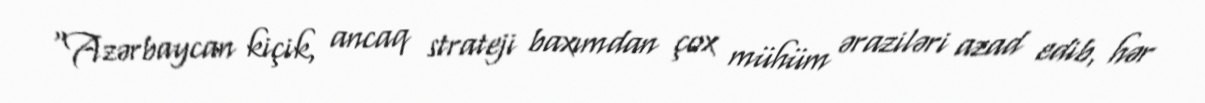
“Azərbaycan kiçik, ancaq strateji baxımdan çox mühüm əraziləri azad edib, hər